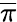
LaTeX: \overline{{\pi}}